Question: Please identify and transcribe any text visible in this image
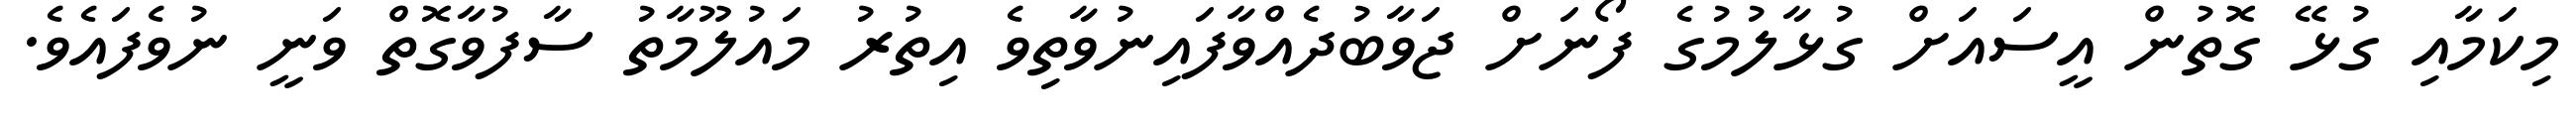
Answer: މިކަމާއި ގުޅޭ ގޮތުން އީސައަށް ގުޅާލުމުގެ ފޯނަށް ޖަވާބުދެއްވާފައިނުވާތިވެ އިތުރު މައުލޫމާތު ސާފުވާގޮތް ވަނީ ނުވެފައެވެ.